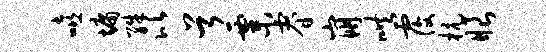
嘻墉殊比首粟睿崩哄覆杭眼